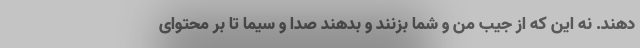
دهند. نه این که از جیب من و شما بزنند و بدهند صدا و سیما تا بر محتوای